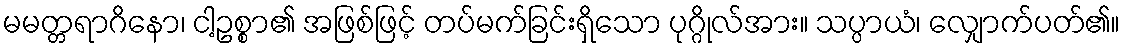
မမတ္တရာဂိနော၊ ငါ့ဥစ္စာ၏ အဖြစ်ဖြင့် တပ်မက်ခြင်းရှိသော ပုဂ္ဂိုလ်အား။ သပ္ပာယံ၊ လျှောက်ပတ်၏။